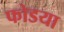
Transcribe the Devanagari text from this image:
फोडया